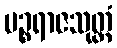
ပဉ္စရာဇသုတ္တံ